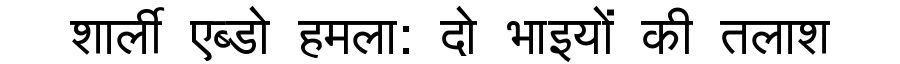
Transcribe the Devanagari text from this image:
शार्ली एब्डो हमला: दो भाइयों की तलाश